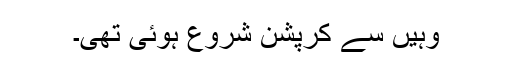
وہیں سے کرپشن شروع ہوئی تھی۔